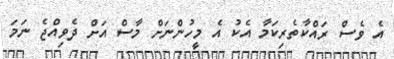
އެ ވެސް ރައްކާތެރިކަމާ އެކު އެ މީހުންނަށް މާސް އަށް ދެވިއްޖެ ނަމަ